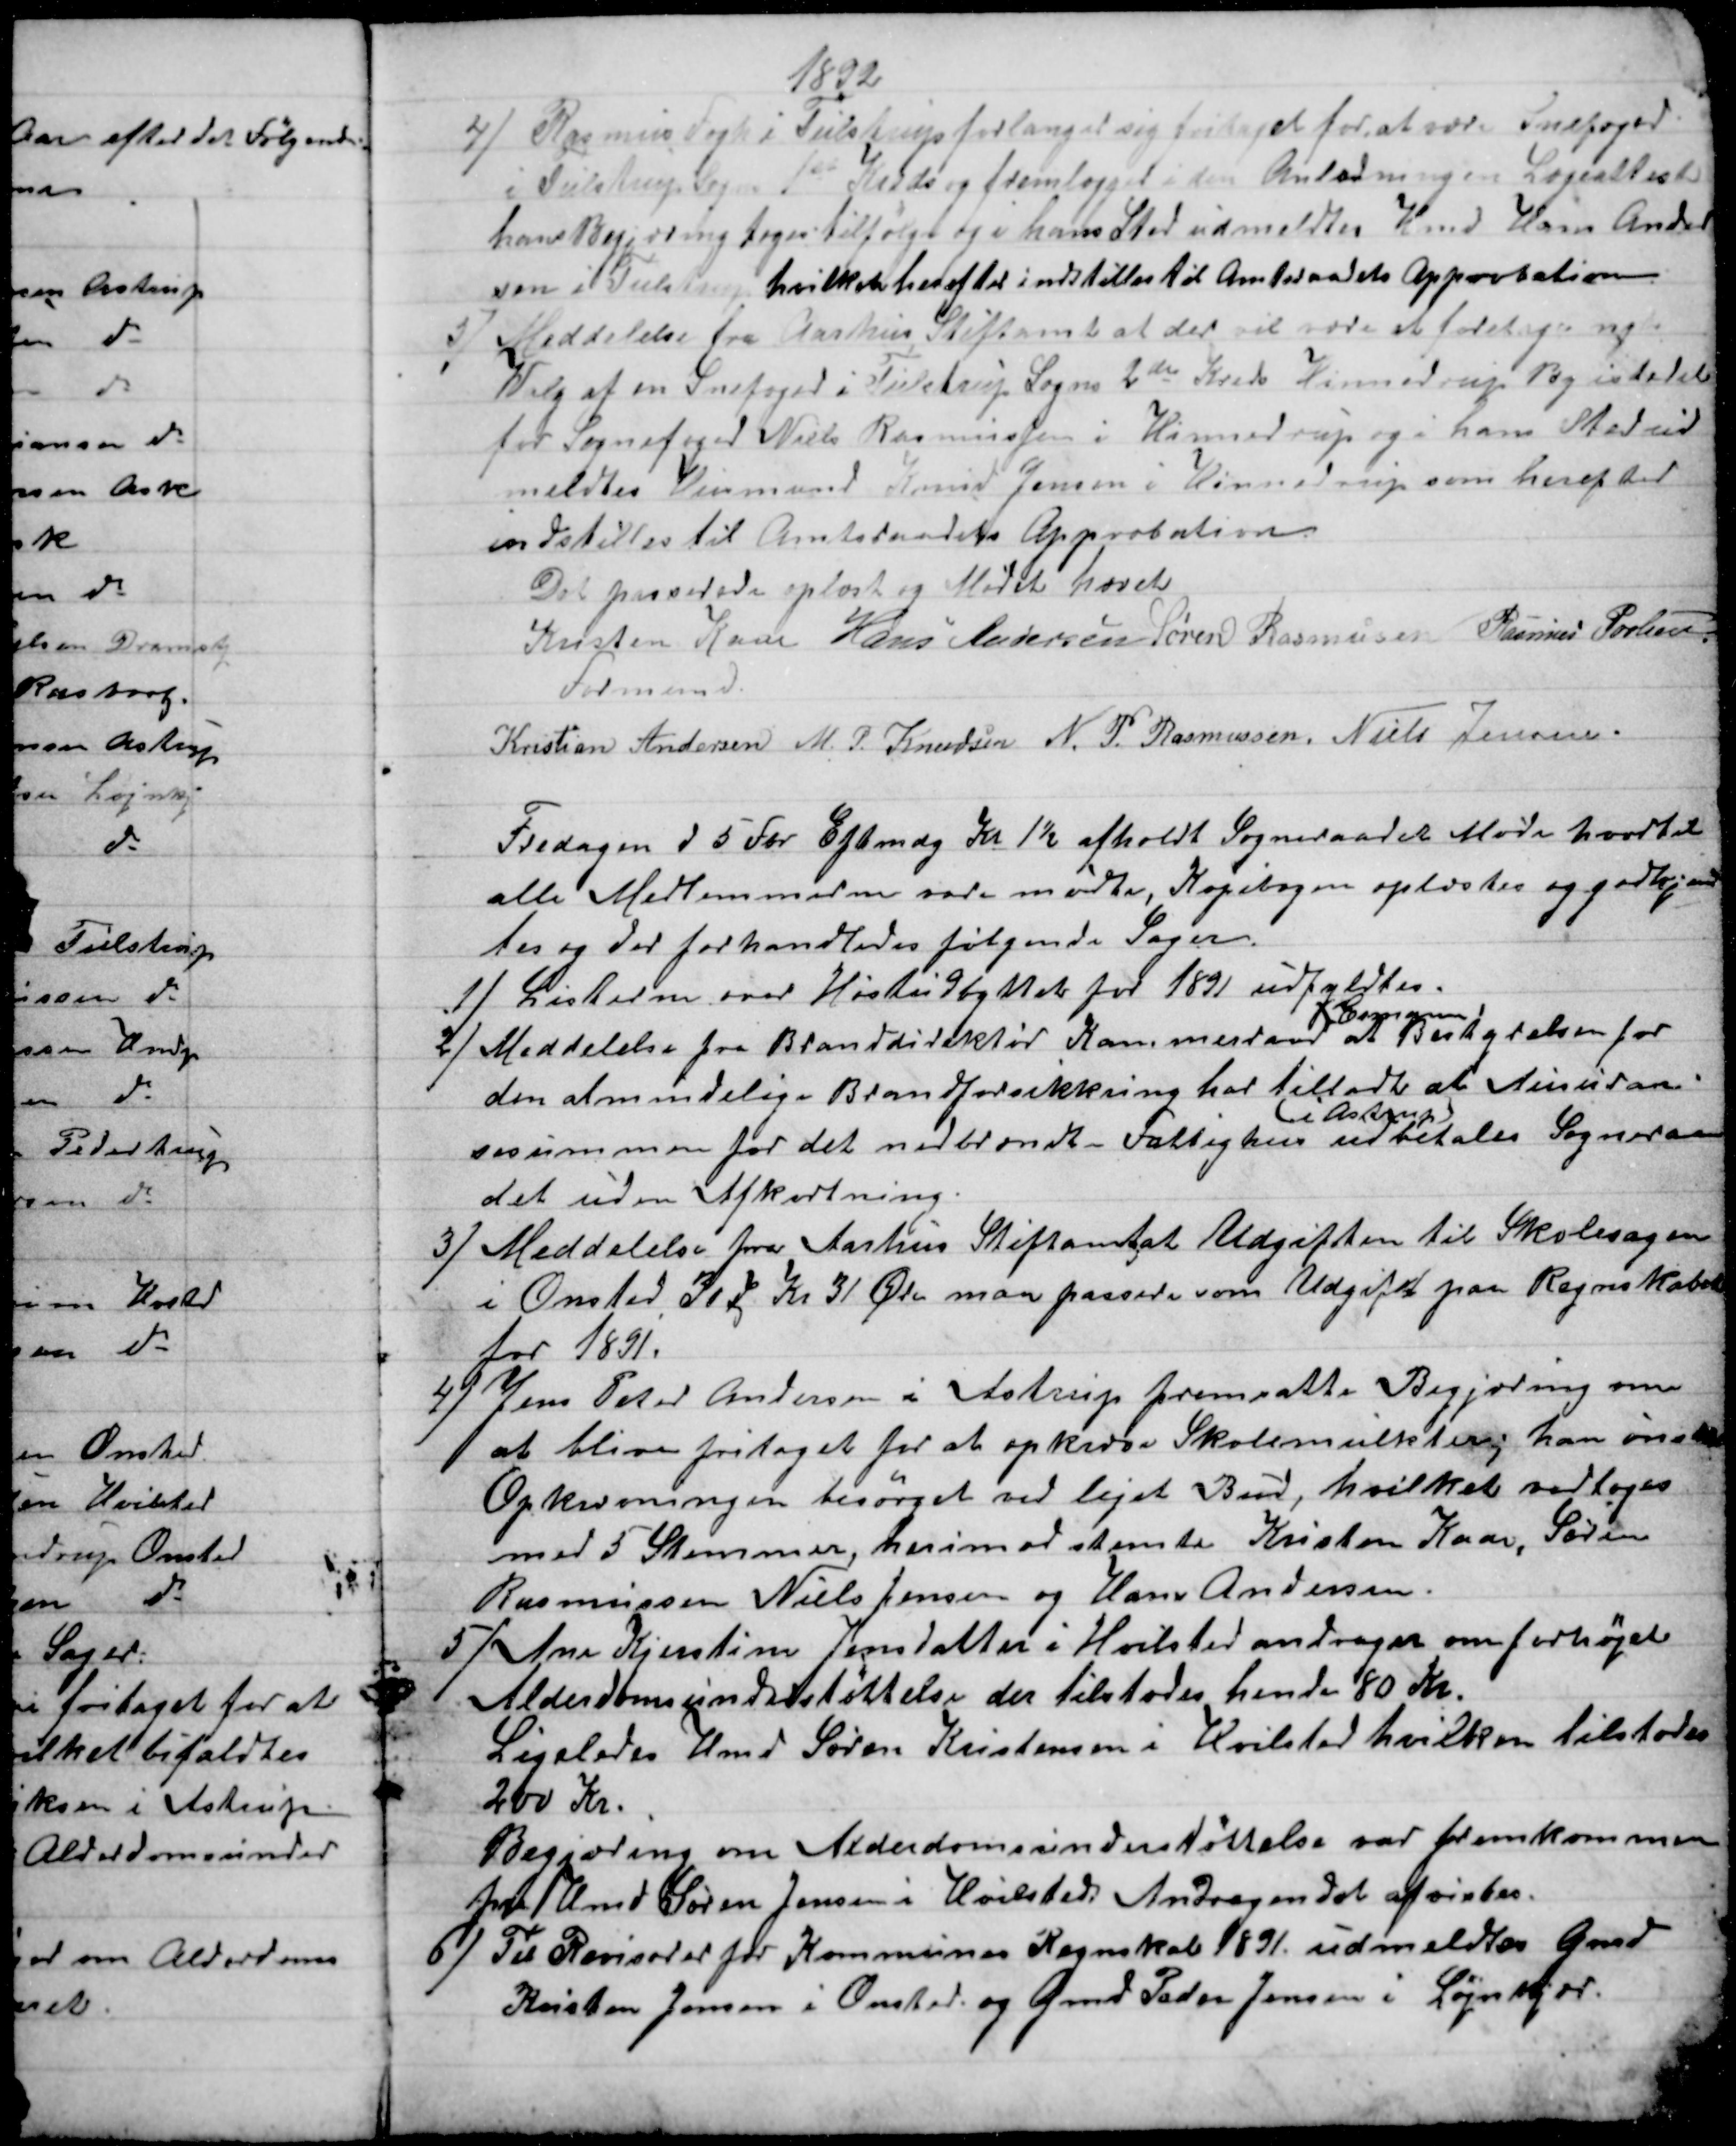
Transskription:
1892
4) Rasmus Fogh i Tulstrup forlanger sig fritaget for at være Snefoged
i Tulstrup Sogn 1ste Kreds og fremlægger i den Anledning en Lægeattest
hans Begjæring toges tilfølge og i hans Sted udmeldtes Hmd Hans Ander
sen i Tulstrup, hvilken herefter indstilles til Amtsraadets Approbation
5) Meddelelse fra Aarhus Stiftamt at der vil være at foretage nyt
Walg af en Snefoged i Tulstrup Sogns 2de Kreds Hinnedrup By istedet
for Sognefoged Niels Rasmussen i Hinnedrup og i hans Sted ud
meldtes Husmand Knud Jensen i Hinnedrup som herefter
indstilles til Amtsraadets Approbation.
Det passerede oplæst og Mødet hævet
Kristen Kaae 
Formand.
Hans Andersen Søren Rasmussen Rasmus Povlsen
Kristian Andersen M. P. Knudsen N. P. Rasmussen Niels Jensen.
Fredagen d 5 Fbr Eftmdg Kl 1½ afholdt Sogneraadet Møde hvortil
alle Medlemmerne vare mødte, Kopibogen oplæstes og godkjend
tes og der forhandledes følgende Sager.
1)
Listerne over Høstudbyttet for 1891 udfyldtes.
2)
Meddelelse fra Branddirektør Kammerraad
Espensen
at Bestyrelsen for
den almindelige Brandforsikkring har tilladt at Assuran-
sesummen for det nedbrændte Fattighus 
i Astrup
udbetales Sogneraa
det uden Afkortning.
3) 
Meddelelse fra Aarhus Stiftamt, at Udgiften til Skolesagen
i Onsted, 307 Kr 31 Øre maa passere som Udgift paa Regnskabet
for 1891.
4) 
Jens Peter Andersen i Astrup fremsatte Begjæring om
at blive fritaget for at opkræve Skolemulkter; han ønsker
Opkrævningen besørget ved lejet Bud, hvilket vedtoges
med 5 Stemmer, herimod stemte Kristen Kaae, Søren
Rasmussen Niels Jensen og Hans Andersen.
5) 
 Ane Kjerstine Jensdatter i Hvilsted andrager om forhøjet
Alderdomsunderstøttelse der tilstodes hende 80 Kr.
Ligeledes Hmd Søren Kristensen i Hvilsted hvilken tilstodes
200 Kr.
Begjæring om Alderdomsunderstøttelse var fremkommen
fra Hmd Søren Jensen i Hvilsteds Andragendet afvistes.
6) 
Til Revisorer for Kommunes Regnskab 1891 udmeldtes Gmd
Kristen Jensen i Onsted og Gmd Peder Jensen i Løjnkjær.